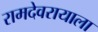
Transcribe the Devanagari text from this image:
रामदेवरायाला